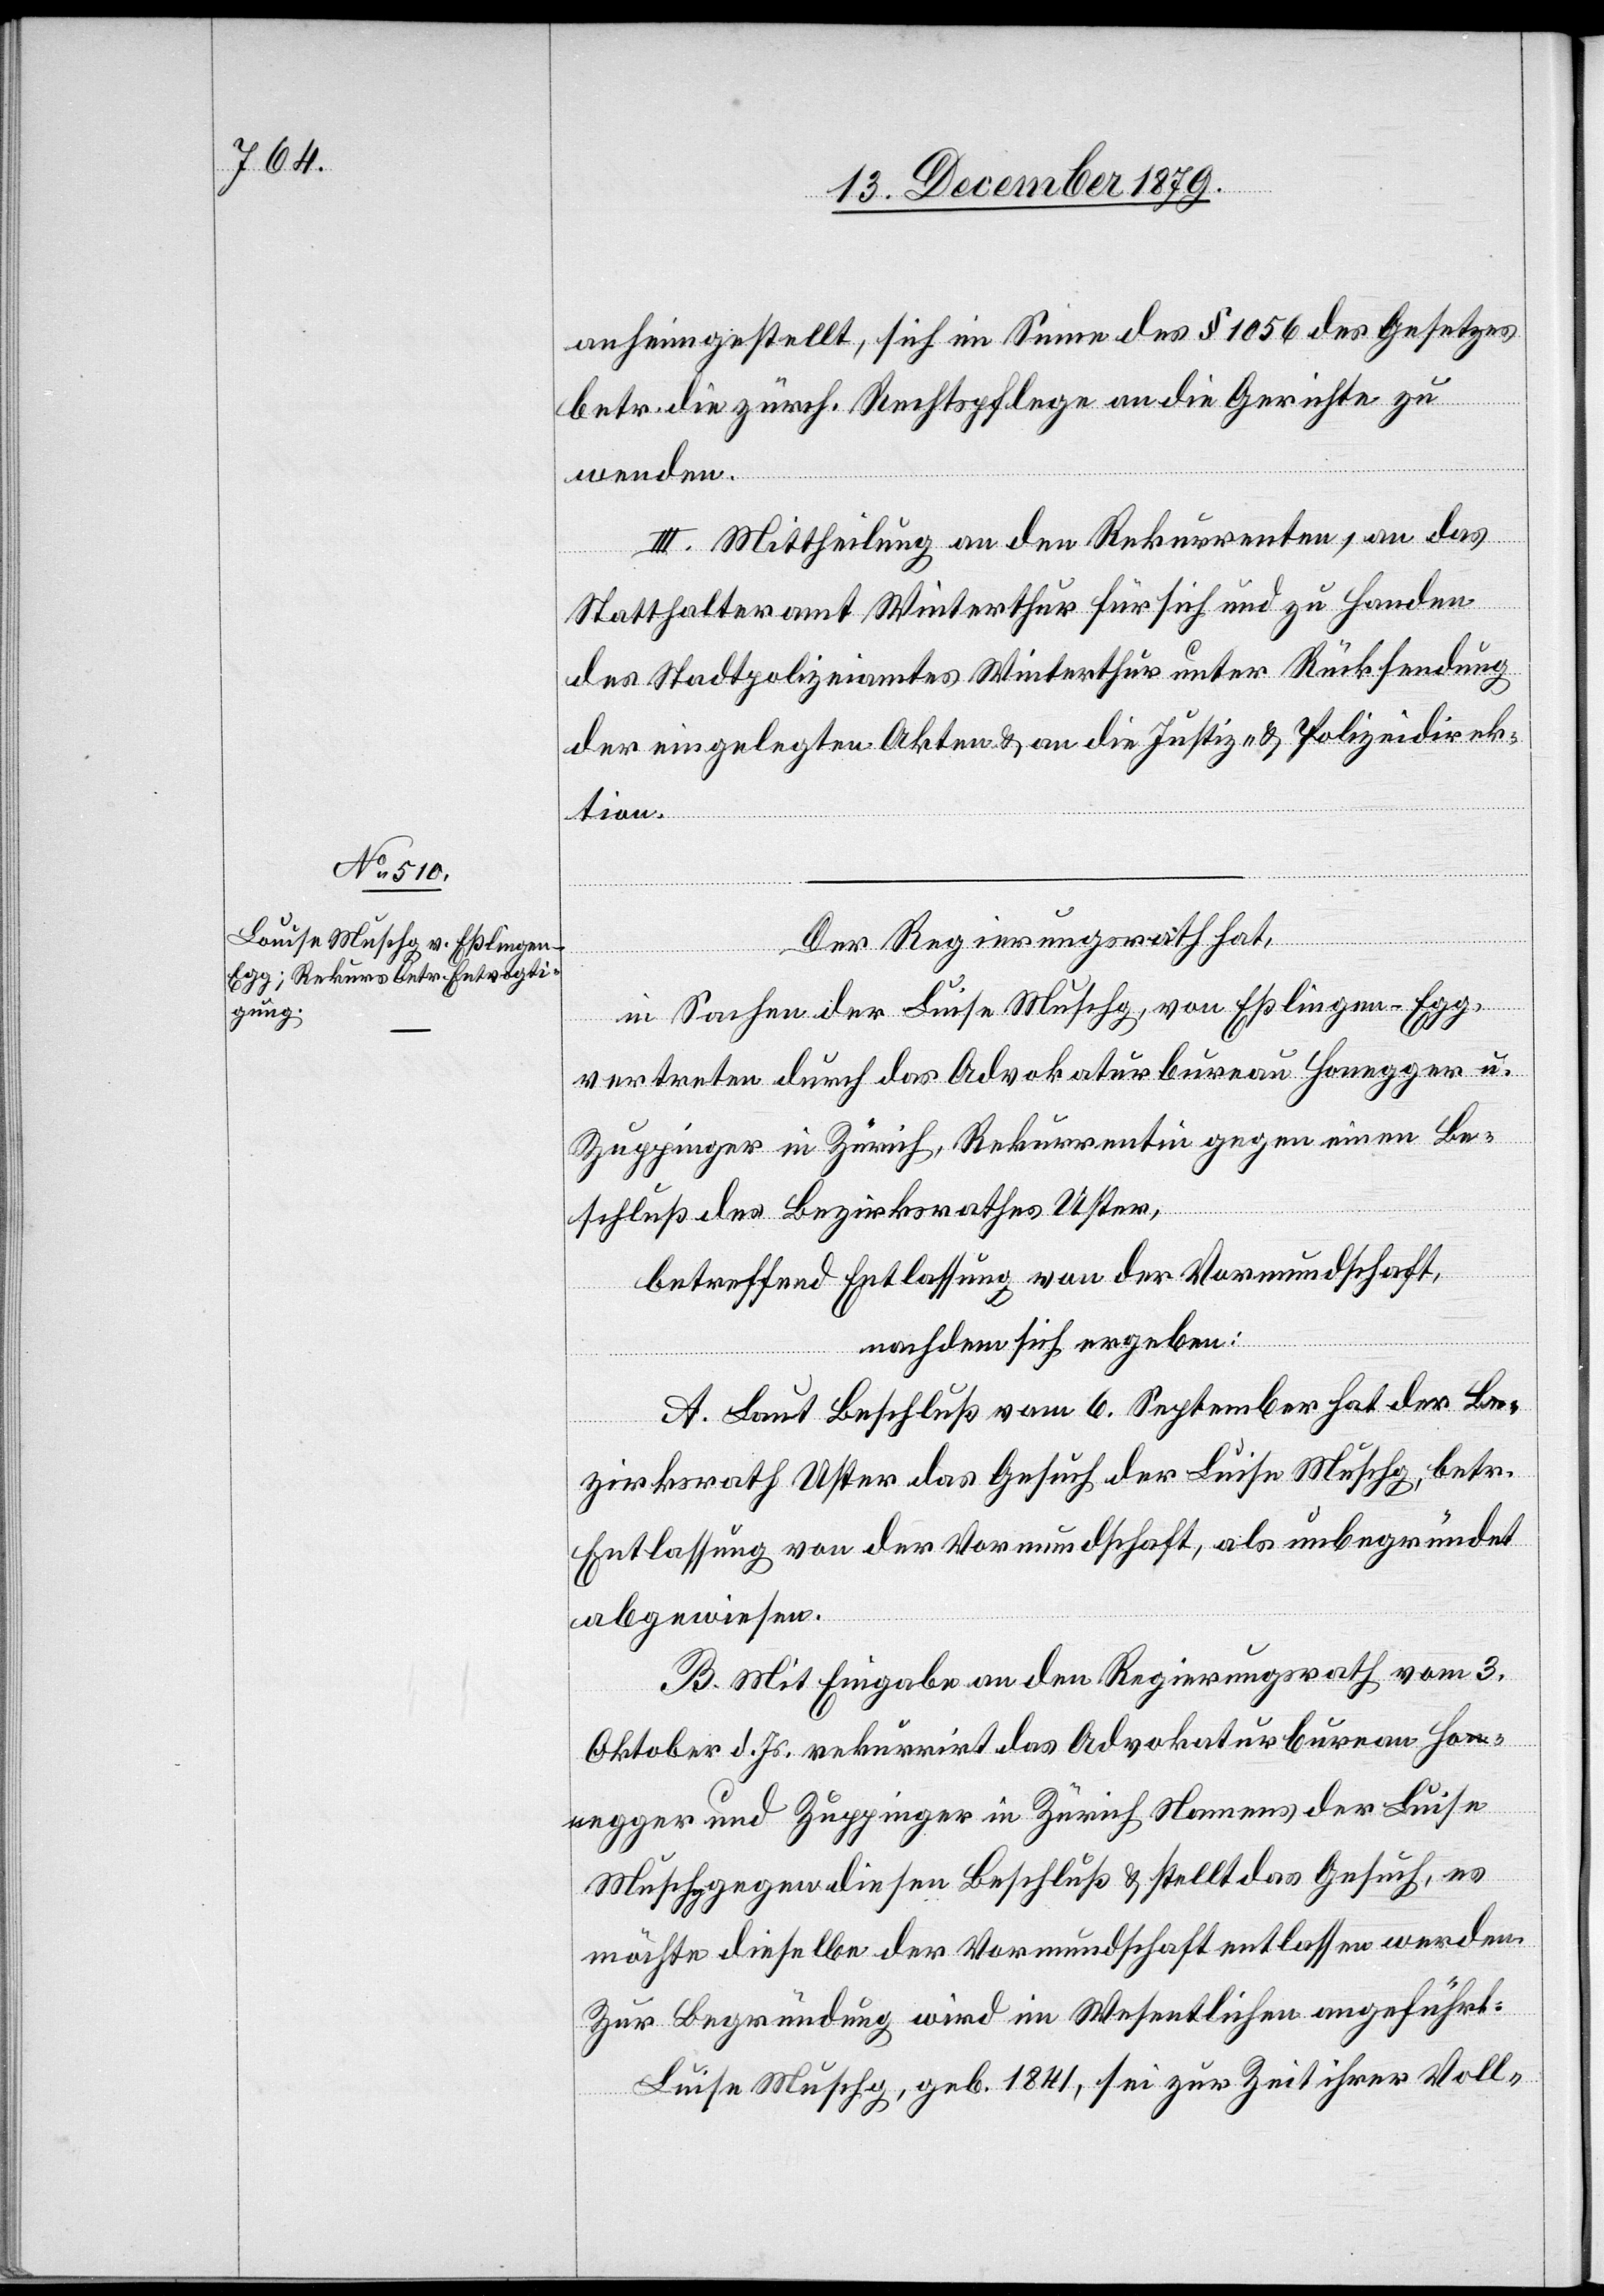
anheimgestellt, sich im Sinne des § 1056 des Gesetzes
betr. die zürch. Rechtspflege an die Gerichte zu
wenden.
II. Mittheilung an den Rekurrenten, an das
Statthalteramt Winterthur für sich und zu Handen
des Stadtpolizeiamtes Winterthur unter Rücksendung
der eingelegten Akten & an die Justiz- & Polizeidirek¬
tion.
Der Regierungsrath hat,
in Sachen der Luise [sic!] Muschg, von Eßlingen - Egg,
vertreten durch das Advokaturbureau Honegger u.
Zuppinger in Zürich, Rekurrentin gegen einen Be¬
schluß des Bezirksrathes Uster,
betreffend Entlassung von der Vormundschaft,
nachdem sich ergeben:
A. Laut Beschluß vom 6. September hat der Be¬
zirksrath Uster das Gesuch der Luise Muschg, betr.
Entlassung von der Vormundschaft, als unbegründet
abgewiesen.
B. Mit Eingabe an den Regierungsrath vom 3.
Oktober d. Js. rekurrirt das Advokaturbureau Hon¬
egger und Zuppinger in Zürich Namens der Luise
Muschg gegen diesen Beschluß & stellt das Gesuch, es
möchte dieselbe der Vormundschaft entlassen werden.
Zur Begründung wird im Wesentlichen angeführt:
Luise Muschg, geb. 1841, sei zur Zeit ihrer Voll-